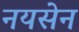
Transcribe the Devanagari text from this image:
नयसेन